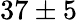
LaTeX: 37\pm 5